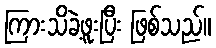
ကြားသိခဲ့ဖူးပြီး ဖြစ်သည်။